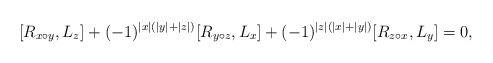
LaTeX: \begin{align*}[R_{x \circ y}, L_z] + (-1)^{|x|(|y|+|z|)}[R_{y\circ z}, L_x] + (-1)^{|z|(|x|+|y|)}[R_{z \circ x}, L_y]=0, \end{align*}